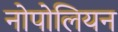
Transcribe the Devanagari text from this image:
नोपोलियन